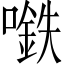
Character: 𰈲